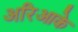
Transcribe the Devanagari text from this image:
अरिआके